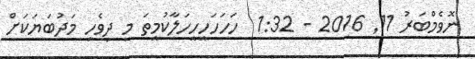
ނޮވެމްބަރު 11